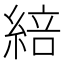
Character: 䋨